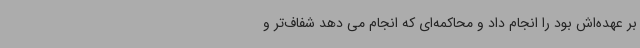
بر عهده‌اش بود را انجام داد و محاکمه‌ای که انجام می دهد شفاف‌تر و